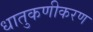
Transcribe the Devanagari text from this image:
धातुकणीकरण